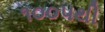
૧૦૦૫થી